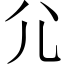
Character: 尣